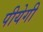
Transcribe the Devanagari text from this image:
पीयेगी